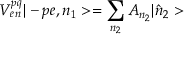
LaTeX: V _ { e n } ^ { p q } | - p e , n _ { 1 } > = \sum _ { n _ { 2 } } A _ { n _ { 2 } } | \hat { n } _ { 2 } >